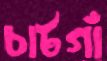
চাটগাঁ